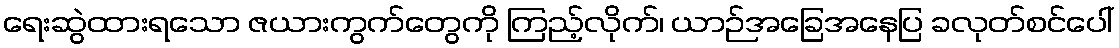
ရေးဆွဲထားရသော ဇယားကွက်တွေကို ကြည့်လိုက်၊ ယာဉ်အခြေအနေပြ ခလုတ်စင်ပေါ်